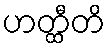
ဟတ္ထီတိ